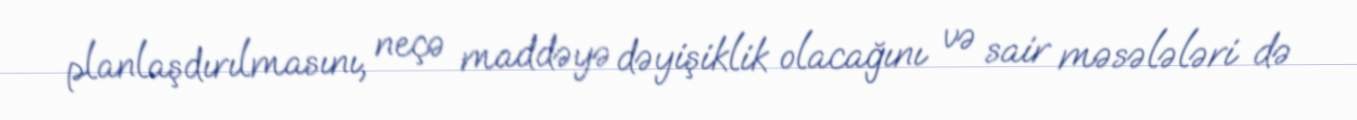
planlaşdırılmasını, neçə maddəyə dəyişiklik olacağını və sair məsələləri də